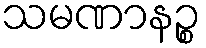
သမဏာနဉ္စ